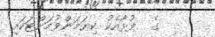
ގެ  ފުޅާއެކު ކިޔަމަންވުމަށްޓަކައި